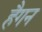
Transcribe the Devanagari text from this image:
हैगन